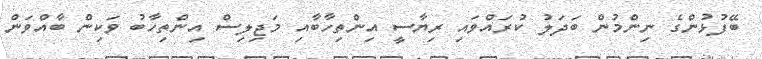
ބޭފުޅުންގެ ނިންމުން ބަދަލު ކުރައްވައި ރިޔާސީ އިންތިހާބާއި މަޖިލިސް އިންތިހާބު ވަކިން ބާއްވަން